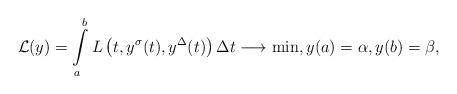
LaTeX: \begin{align*}\mathcal{L}(y)=\int\limits_{a}^{b}L\left(t, y^{\sigma}(t),y^{\Delta}(t)\right)\Delta t \longrightarrow \min,y(a)=\alpha, y(b)=\beta,\end{align*}